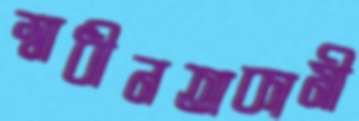
স্বাধীনতাকামী